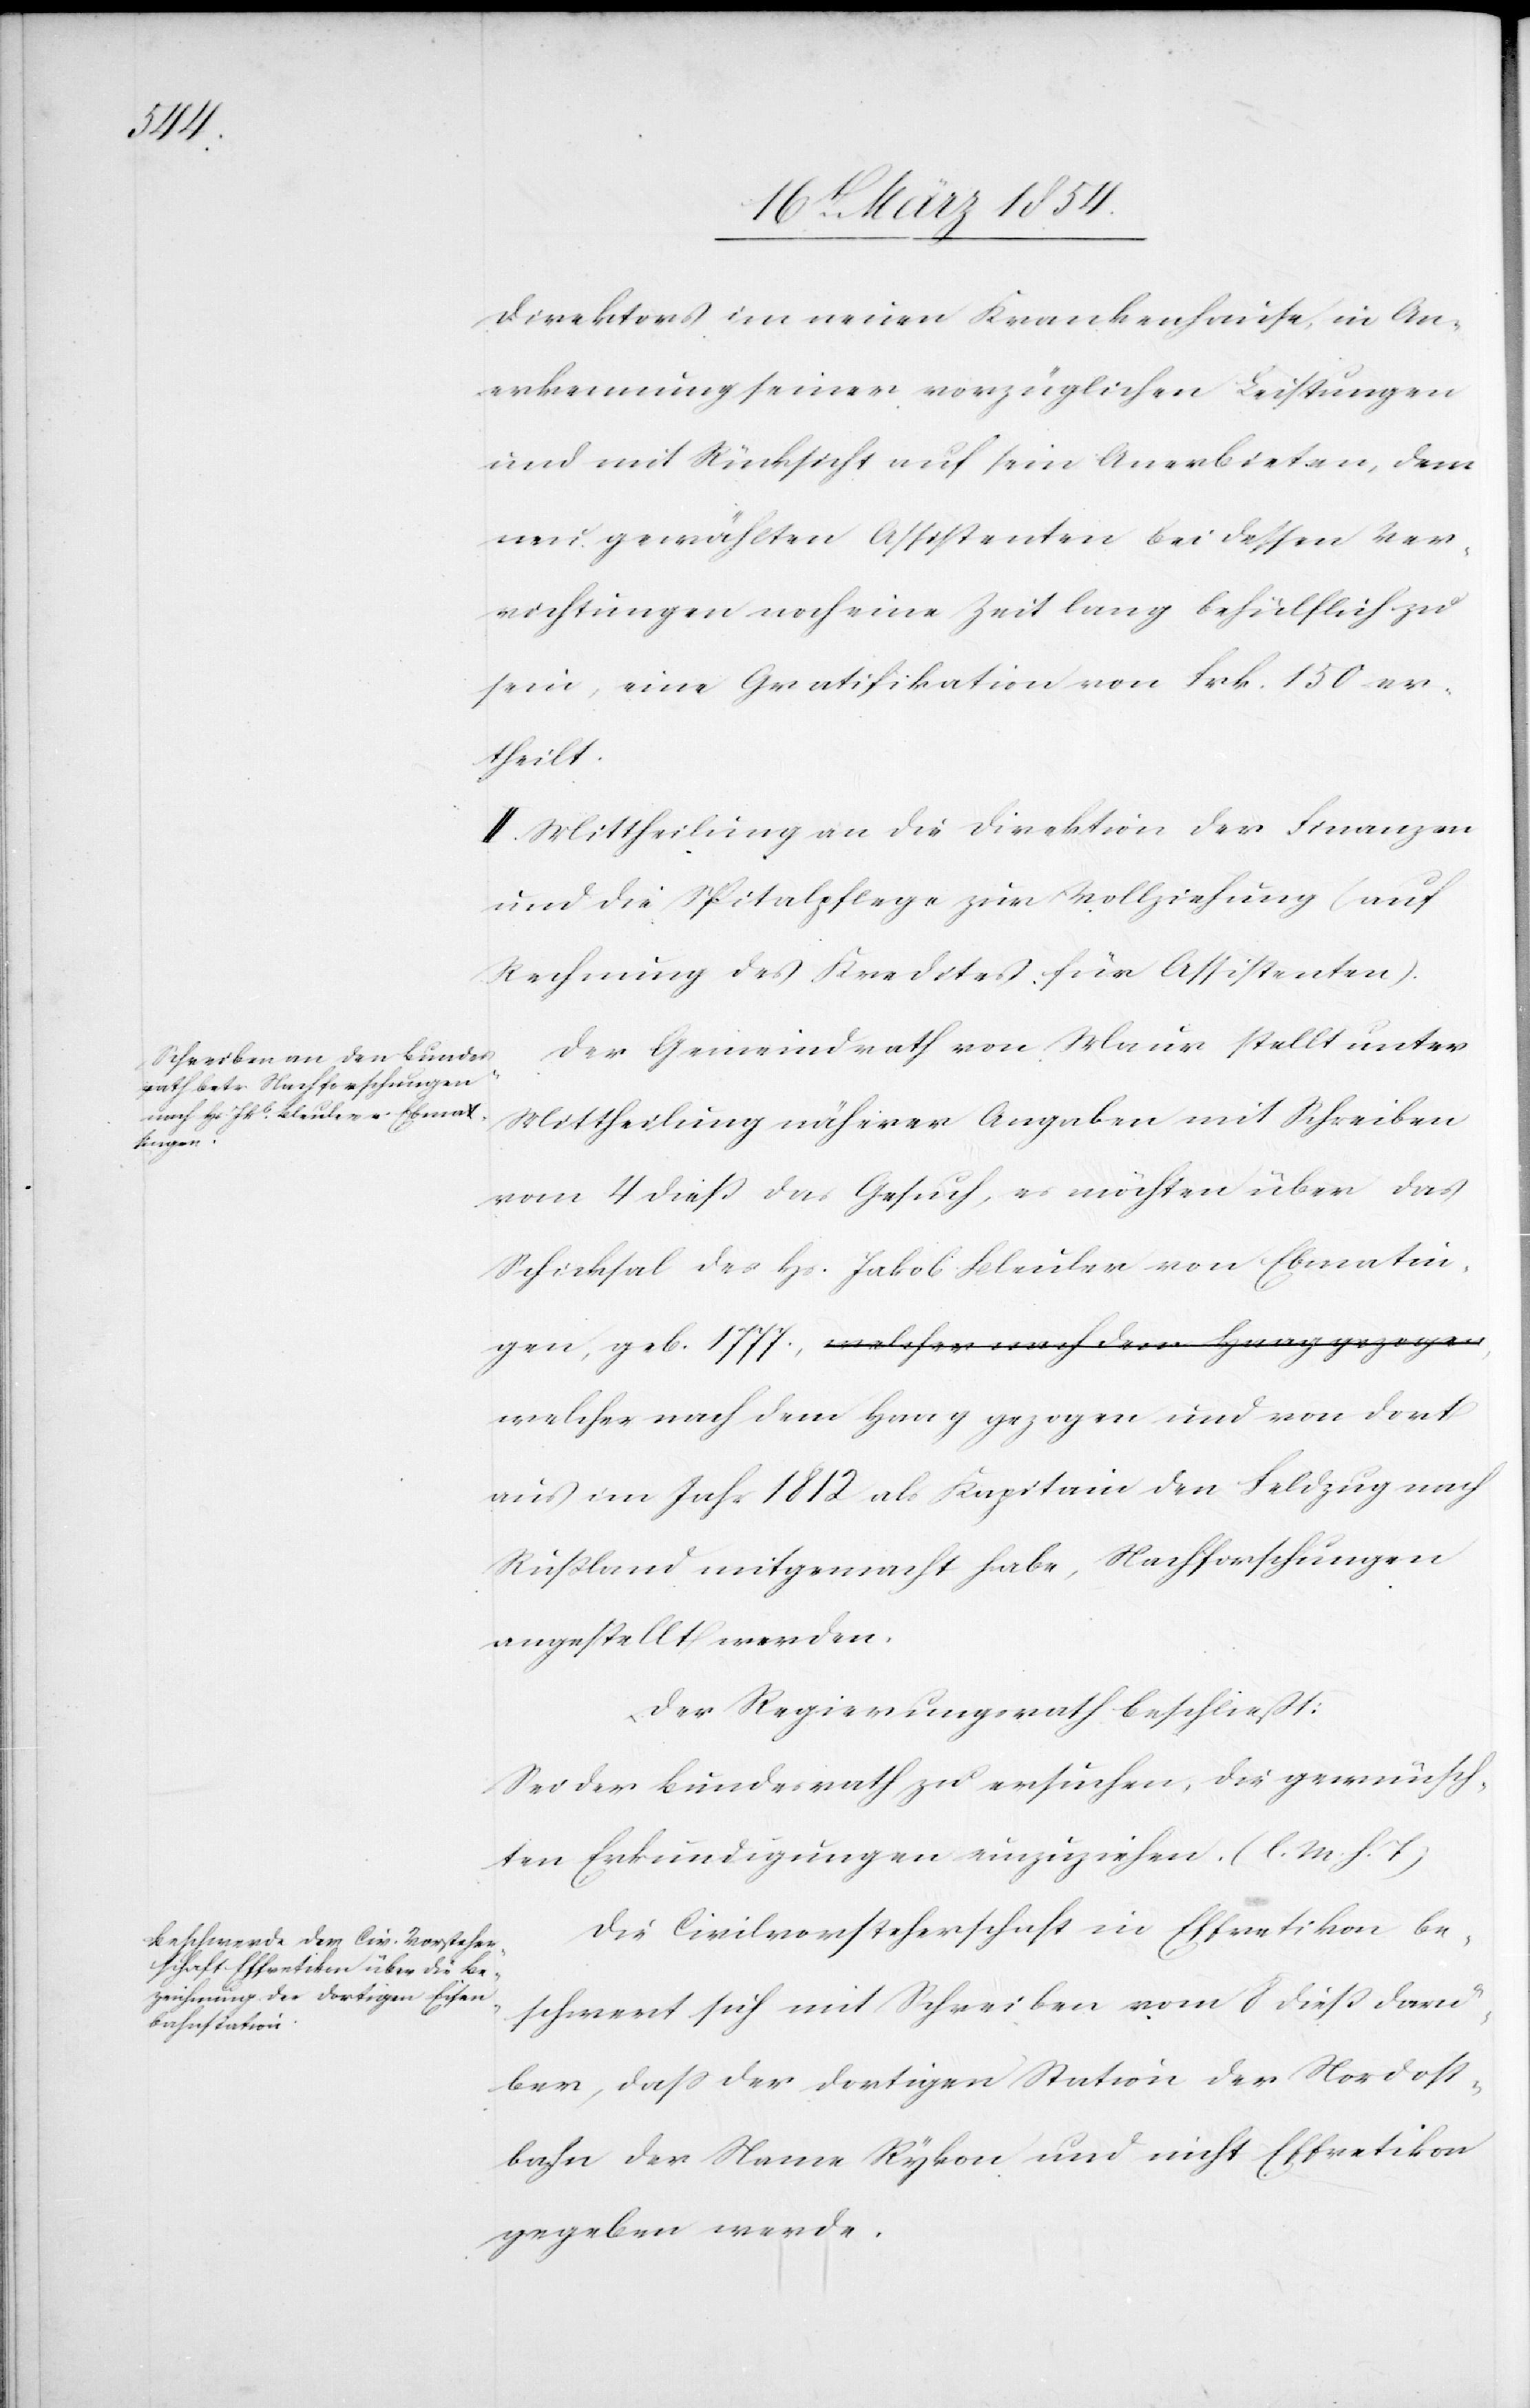
Direktors im neuen Krankenhause, in An¬
erkennung seiner vorzüglichen Leistungen
und mit Rücksicht auf sein Anerbieten, dem
neu gewählten Assistenten bei dessen Ver¬
richtungen noch eine Zeit lang behülflich zu
sein, eine Gratifikation von Frk. 130 er¬
theilt.
II. Mittheilung an die Direktion der Finanzen
und die Spitalpflege zur Vollziehung (auf
Rechnung des Kredites für Assistenten).
Der Gemeindrath von Maur stellt unter
Mittheilung näherer Angaben mit Schreiben
vom 4 dieß das Gesuch, es möchten über das
Schicksal des Hs. Jakob Bleuler von Ebmatin¬
gen, geb. 1777., welcher nach Dem [recte: Den] Haag gezogen
aus im Jahr 1812 als Kapitain den Feldzug nach
Rußland mitgemacht habe, Nachforschungen
angestellt werden.
Der Regierungsrath beschließt:
Sei der Bundesrath zu ersuchen, die gewünsch¬
ten Erkundigungen einzuziehen. (l. M. h. T.)
Die Civilvorsteherschaft in Effretikon be¬
schwert sich mit Schreiben vom 8 dieß darü¬
ber, daß der dortigen Station der Nordost¬
bahn der Name Rykon und nicht Effretikon
gegeben werde.